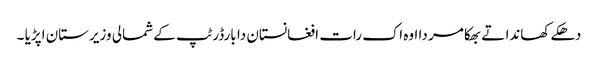
دھکے کھاندا تے بھکا مر دا اوہ اک رات افغانستان دا بارڈر ٹپ کے شمالی وزیرستان اپڑیا ۔